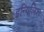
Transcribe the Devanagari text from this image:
इन्गिलिश